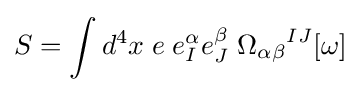
S=\int d^{4}x\;e\;e_{I}^{\alpha }e_{J}^{\beta }\;{\Omega _{\alpha \beta }}^{IJ}[\omega ]